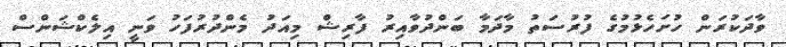
ވާދަކުރަން ހުށަހެޅުމުގެ ފުރުސަތު މާދަމާ ބަންދުވާއިރު ފާރިޝް މިއަދު މެންދުރުފަހު ވަނީ އިލެކްޝަންސް